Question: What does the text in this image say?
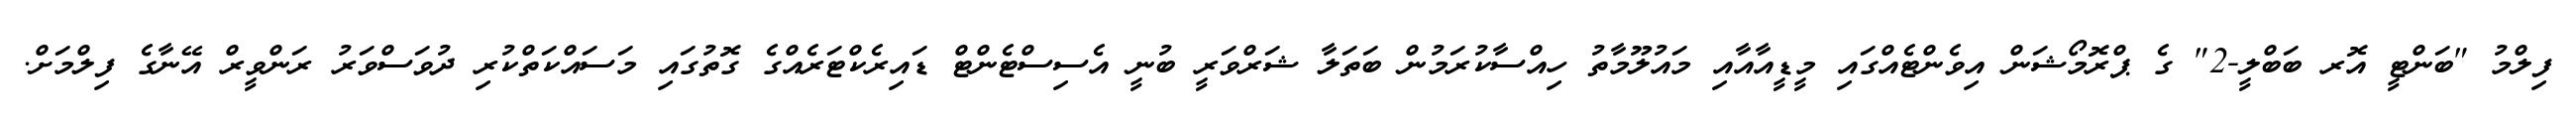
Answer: ފިލްމު "ބަންޓީ އޮރ ބަބްލީ-2" ގެ ޕްރޮމޯޝަން އިވެންޓެއްގައި މީޑީއާއާއި މައުލޫމާތު ހިއްސާކުރަމުން ބަތަލާ ޝަރްވަރީ ބުނީ އެސިސްޓެންޓް ޑައިރެކްޓަރެއްގެ ގޮތުގައި މަސައްކަތްކުރި ދުވަސްވަރު ރަންވީރް އޭނާގެ ފިލްމަށް.